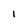
Character: 1